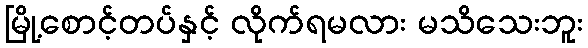
မြို့စောင့်တပ်နှင့် လိုက်ရမလား မသိသေးဘူး